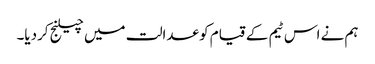
ہم نے اس ٹیم کے قیام کو عدالت میں چیلنج کردیا۔